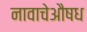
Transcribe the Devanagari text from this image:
नावाचेऔषध